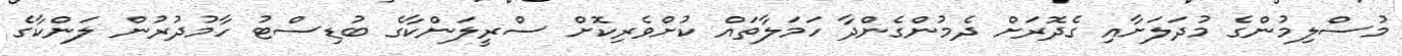
މުސްލިމުންގެ މުދަލަށާއި ގެދޮރަށް ދެމުންގެންދާ ހަމަލާތައް ކުށްވެރިކޮށް ސްރީލަންކާގެ ބުޑިސްޓު ހާމުދުރުން ލަންކާގެ